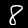
Digit: 8